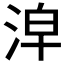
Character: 𣴢